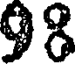
98